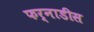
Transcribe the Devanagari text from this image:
फर्नाडीस